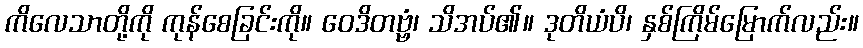
ကိလေသာတို့ကို ကုန်စေခြင်းကို။ ဝေဒိတဗ္ဗံ၊ သိအပ်၏။ ဒုတိယံပိ၊ နှစ်ကြိမ်မြောက်လည်း။